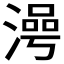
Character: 𣻵